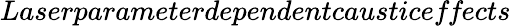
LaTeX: \textit{Laserparameterdependentcausticeffects}